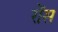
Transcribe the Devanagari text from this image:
रोंस